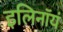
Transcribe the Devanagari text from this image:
इलिनॉयं